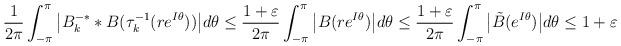
LaTeX: \begin{align*}\begin{aligned}&\frac{1}{2\pi}\int_{-\pi}^{\pi}\big|B_k^{-*}*B(\tau^{-1}_k(re^{I\theta}))\big|d\theta \le \frac{1+\varepsilon}{2\pi}\int_{-\pi}^{\pi}\big|B(re^{I\theta})\big|d\theta \le \frac{1+\varepsilon}{2\pi}\int_{-\pi}^{\pi}\big|\tilde{B}(e^{I\theta})\big|d\theta\le 1+\varepsilon\end{aligned}\end{align*}